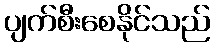
ပျက်စီးစေနိုင်သည်